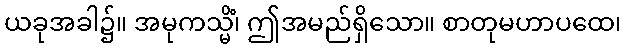
ယခုအခါ၌။ အမုကသ္မိံ၊ ဤအမည်ရှိသော။ စာတုမဟာပထေ၊